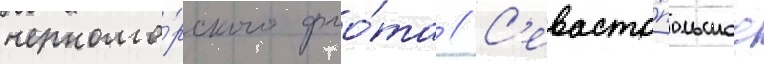
черномо́рского фло́та // С'евасто́польское